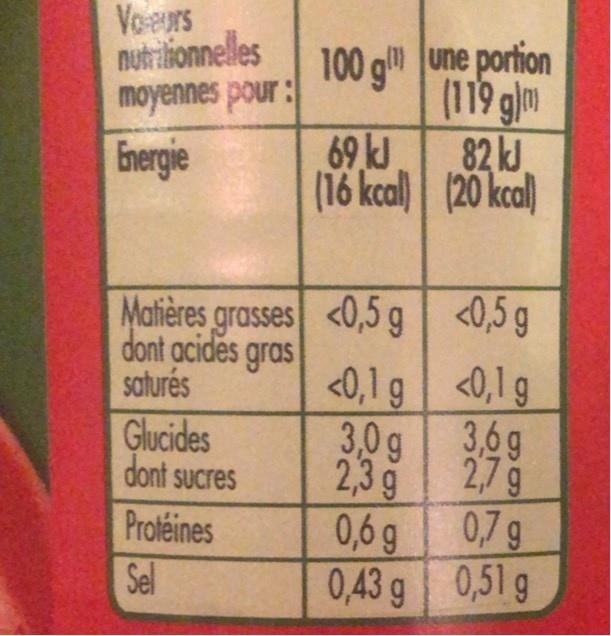
Voeurs nutrilionnelles moyennes pour : Energie
100 g une portion (119 glm 82 kJ (16 kcal) | (20 kcal)
Matières grasses <0,5 g <0,5 g dont acides gras saturés
<0,1 g <0,1g 3,0g 3,6g
Glucides dont sucres
2,3 g
2,7g
Protéines
0,6 g
0,7 g
Sel
0,43 g 0,51 g